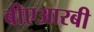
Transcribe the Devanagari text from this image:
बीएआरबी